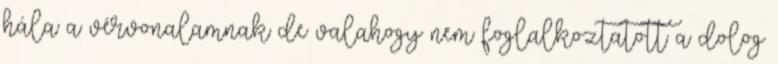
hála a vérvonalamnak de valahogy nem foglalkoztatott a dolog